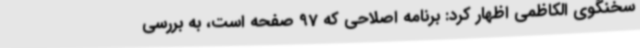
سخنگوی الکاظمی اظهار کرد: برنامه اصلاحی که 97 صفحه است، به بررسی